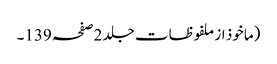
(ماخوذ از ملفوظات جلد 2صفحہ139۔